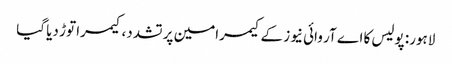
لاہور: پولیس کا اے آر وائی نیوز کے کیمرامین پر تشدد، کیمرا توڑ دیا گیا